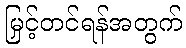
မြှင့်တင်ရန်အတွက်